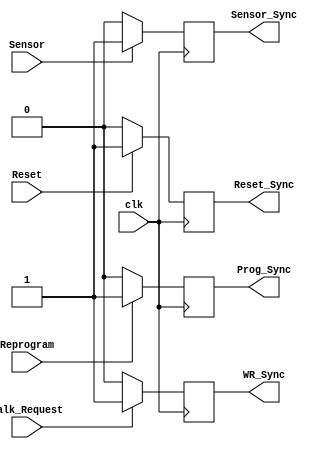
`timescale 1ns / 1ps

module Synchronizer(
    input Reset,
    input Sensor,
    input Walk_Request,
    input Reprogram,
	 input clk,
    output reg Prog_Sync,
    output reg WR_Sync,
    output reg Sensor_Sync,
    output reg Reset_Sync
    );
	always@(posedge clk) begin
	
	if(Reset) Reset_Sync = 1;
	else Reset_Sync = 0;
	
	if(Sensor) Sensor_Sync = 1;
	else Sensor_Sync = 0;
	
	if(Walk_Request) WR_Sync = 1;
	else WR_Sync = 0;
	
	if(Reprogram) Prog_Sync = 1;
	else Prog_Sync = 0;
	
	end

endmodule